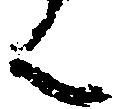
ん